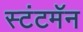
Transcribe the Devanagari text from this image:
स्टंटमॅन